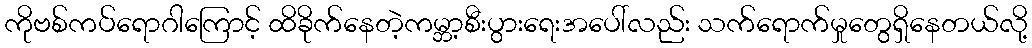
ကိုဗစ်ကပ်ရောဂါကြောင့် ထိခိုက်နေတဲ့ကမ္ဘာ့စီးပွားရေးအပေါ်လည်း သက်ရောက်မှုတွေရှိနေတယ်လို့